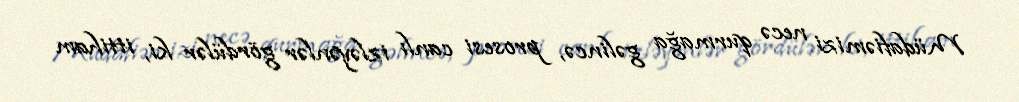
Müdafiəmizi necə qurmağa gəlincə, prosesi canlı izləyənlər gördülər ki, ittiham